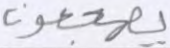
يهجعون